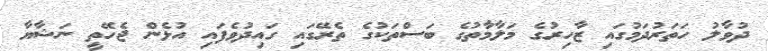
ދުވާލު ހަތަރުދަމުގައި ޒާހިރުގެ މަލާމާތުގެ ބަސްތަކުގެ ތެރޭގައި ގައިދުވެފައި އުޅެން ޖެހޭތީ ނަޝާޔާ